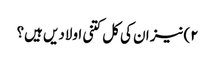
۲)نیز ان کی کل کتنی اولادیں ہیں؟